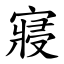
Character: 寢